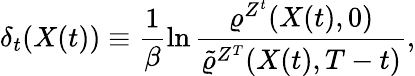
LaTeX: \delta_{t}(X(t))\equiv\frac{1}{\beta}\ln\frac{\varrho^{Z^{t}}(X(t),0)}{\tilde{\varrho}^{Z^{T}}(X(t),T-t)},